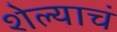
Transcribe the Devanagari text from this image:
शेल्याचं